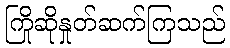
ကြိုဆိုနှုတ်ဆက်ကြသည်